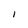
Character: 1